Leaving Certificate Examination (including Day School Certificate (Higher) General paper), 1935
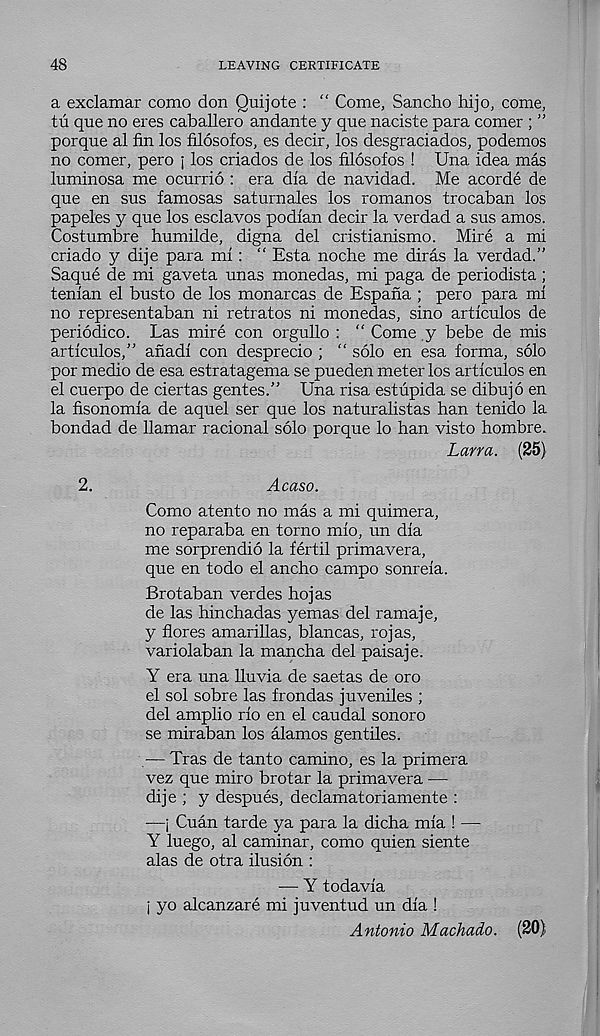
48
LEAVING CERTIFICATE
a exclamar como don Quijote : “ Come, Sancho hi jo, come,
tu que no eres caballero andante y que naciste para comer ; ”
porque al fin los filosofos, es decir, los desgraciados, podemos
no comer, pero j los criados de los filosofos ! Una idea mas
luminosa me ocurrio : era dia de navidad. Me acorde de
que en sus famosas saturnales los romanos trocaban los
papeles y que los esclavos podfan decir la verdad a sus amos.
Costumbre humilde, digna del cristianismo. Mire a mi
criado y dije para mi: “ Esta noche me diras la verdad.”
Saque de mi gaveta unas monedas, mi paga de periodista ;
tenian el busto de los monarcas de Espana ; pero para mi
no representaban ni retratos ni monedas, sino articulos de
periodico. Las mire con orgullo : “ Come y bebe de mis
articulos,” afiadi con desprecio ; “ solo en esa forma, solo
por medio de esa estratagema se pueden meter los articulos en
el cuerpo de ciertas gentes.” Una risa estupida se dibujo en
la fisonomia de aquel ser que los naturalistas ban tenido la
bondad de llamar racional solo porque lo ban visto hombre.
Lana. (25)
2.
Acaso.
Como atento no mas a mi quimera,
no reparaba en torno mio, un dia
me sorprendio la fertil primavera,
que en todo el ancho campo sonreia.
Brotaban verdes hojas
de las hinchadas yemas del ramaje,
y flores amarillas, blancas, rojas,
variolaban la mancha del paisaje.
Y era una lluvia de saetas de oro
el sol sobre las frondas juveniles ;
del amplio rio en el caudal sonoro
se miraban los alamos gentiles.
— Tras de tanto camino, es la primera
vez que miro brotar la primavera —
dije ; y despues, declamatoriamente :
—j Cuan tarde ya para la dicha mia ! —
Y luego, al caminar, como quien siente
alas de otra ilusion :
-— Y todavia
j yo alcanzare mi juventud un dia !
Antonio Machado. (20)